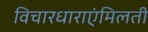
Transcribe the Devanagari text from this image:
विचारधाराएंमिलती